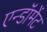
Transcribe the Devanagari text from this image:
एन्‍डॉमेंट